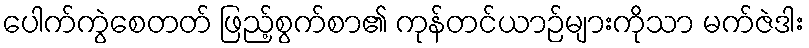
ပေါက်ကွဲစေတတ် ဖြည့်စွက်စာ၏ ကုန်တင်ယာဉ်များကိုသာ မက်ဇဲဒါး